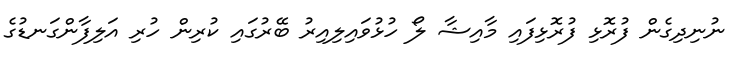
ނުނިދިގެން ފުރޮޅި ފުރޮޅިފައި މާއިޝާ ލޯ ހުޅުވައިލިއިރު ބޭރުގައި ކުރިން ހުރި އަލިފާންގަނޑުގެ